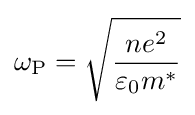
\omega _{\rm {P}}={\sqrt {\frac {ne^{2}}{{\varepsilon _{0}}m^{*}}}}